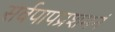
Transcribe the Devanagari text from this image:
सर्वपापप्रशमनं